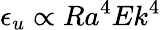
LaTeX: \epsilon_{u}\propto Ra^{4}Ek^{4}